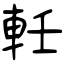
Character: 軠